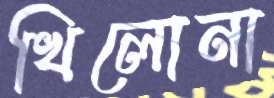
খিলোনা